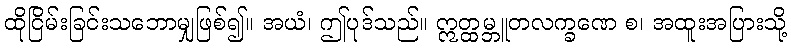
ထိုငြိမ်းခြင်းသဘောမျှဖြစ်၍။ အယံ၊ ဤပုဒ်သည်။ ဣတ္ထမ္ဘူတလက္ခဏေ စ၊ အထူးအပြားသို့